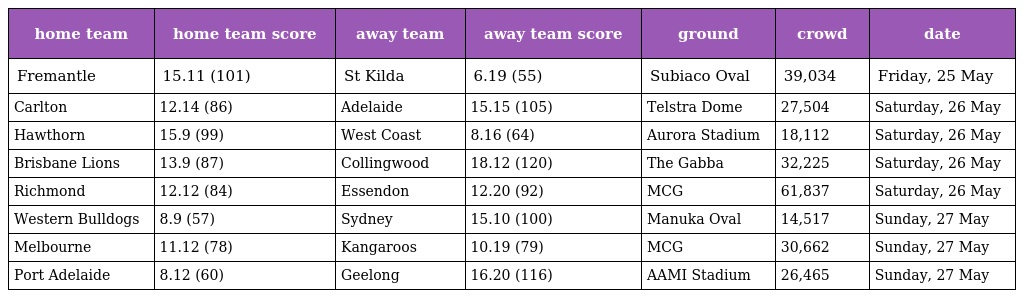
| home team | home team score | away team | away team score | ground | crowd | date |
 | --- | --- | --- | --- | --- | --- | --- |
 | Fremantle | 15.11 (101) | St Kilda | 6.19 (55) | Subiaco Oval | 39,034 | Friday, 25 May |
 | Carlton | 12.14 (86) | Adelaide | 15.15 (105) | Telstra Dome | 27,504 | Saturday, 26 May |
 | Hawthorn | 15.9 (99) | West Coast | 8.16 (64) | Aurora Stadium | 18,112 | Saturday, 26 May |
 | Brisbane Lions | 13.9 (87) | Collingwood | 18.12 (120) | The Gabba | 32,225 | Saturday, 26 May |
 | Richmond | 12.12 (84) | Essendon | 12.20 (92) | MCG | 61,837 | Saturday, 26 May |
 | Western Bulldogs | 8.9 (57) | Sydney | 15.10 (100) | Manuka Oval | 14,517 | Sunday, 27 May |
 | Melbourne | 11.12 (78) | Kangaroos | 10.19 (79) | MCG | 30,662 | Sunday, 27 May |
 | Port Adelaide | 8.12 (60) | Geelong | 16.20 (116) | AAMI Stadium | 26,465 | Sunday, 27 May |